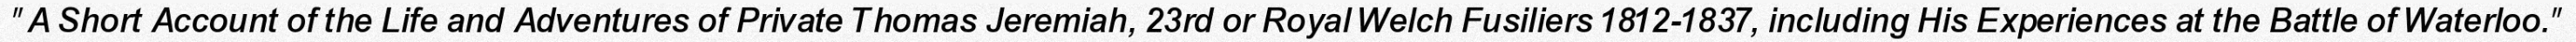
"A Short Account of the Life and Adventures of Private Thomas Jeremiah, 23rd or Royal Welch Fusiliers 1812-1837, including His Experiences at the Battle of Waterloo."